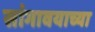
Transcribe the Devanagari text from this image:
सांगावयाच्या